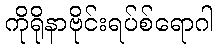
ကိုရိုနာဗိုင်းရပ်စ်ရောဂါ